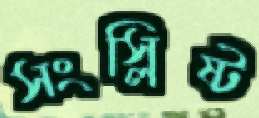
সংস্লিষ্ট